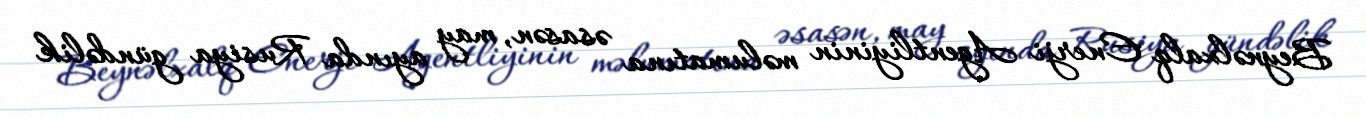
Beynəlxalq Enerji Agentliyinin məlumatına əsasən, may ayında Rusiya gündəlik